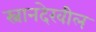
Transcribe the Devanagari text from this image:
स्नानदेखील